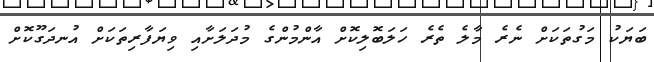
ބަޔަކު މަގުތަކަށް ނެރެ މާލެ ތެރެ ހަލަބޮލިކޮށް އާންމުންގެ މުދަލަށާއި ވިޔަފާރިތަކަށް އުނދަގޫކޮށް